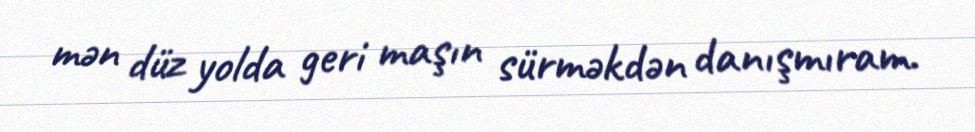
mən düz yolda geri maşın sürməkdən danışmıram.